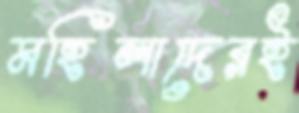
মহিলাদেরই